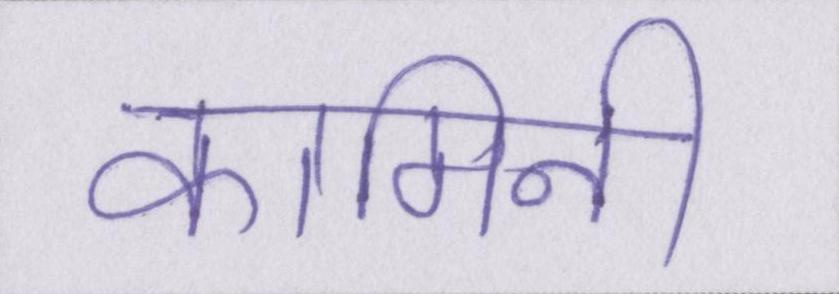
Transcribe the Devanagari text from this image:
कामिनी